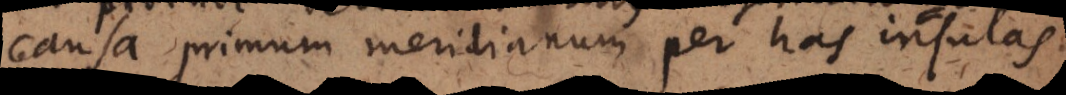
causa primum meridianum per has insulas